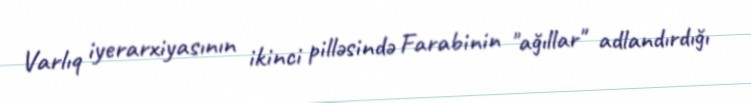
Varlıq iyerarxiyasının ikinci pilləsində Farabinin "ağıllar" adlandırdığı